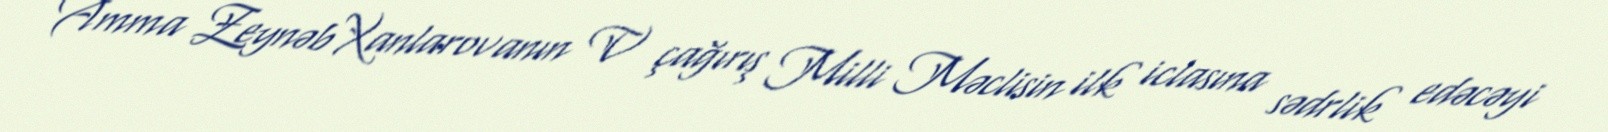
Amma Zeynəb Xanlarovanın V çağırış Milli Məclisin ilk iclasına sədrlik edəcəyi